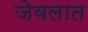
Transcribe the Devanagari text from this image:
जेवलात